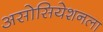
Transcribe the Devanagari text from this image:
असोसियेशनला